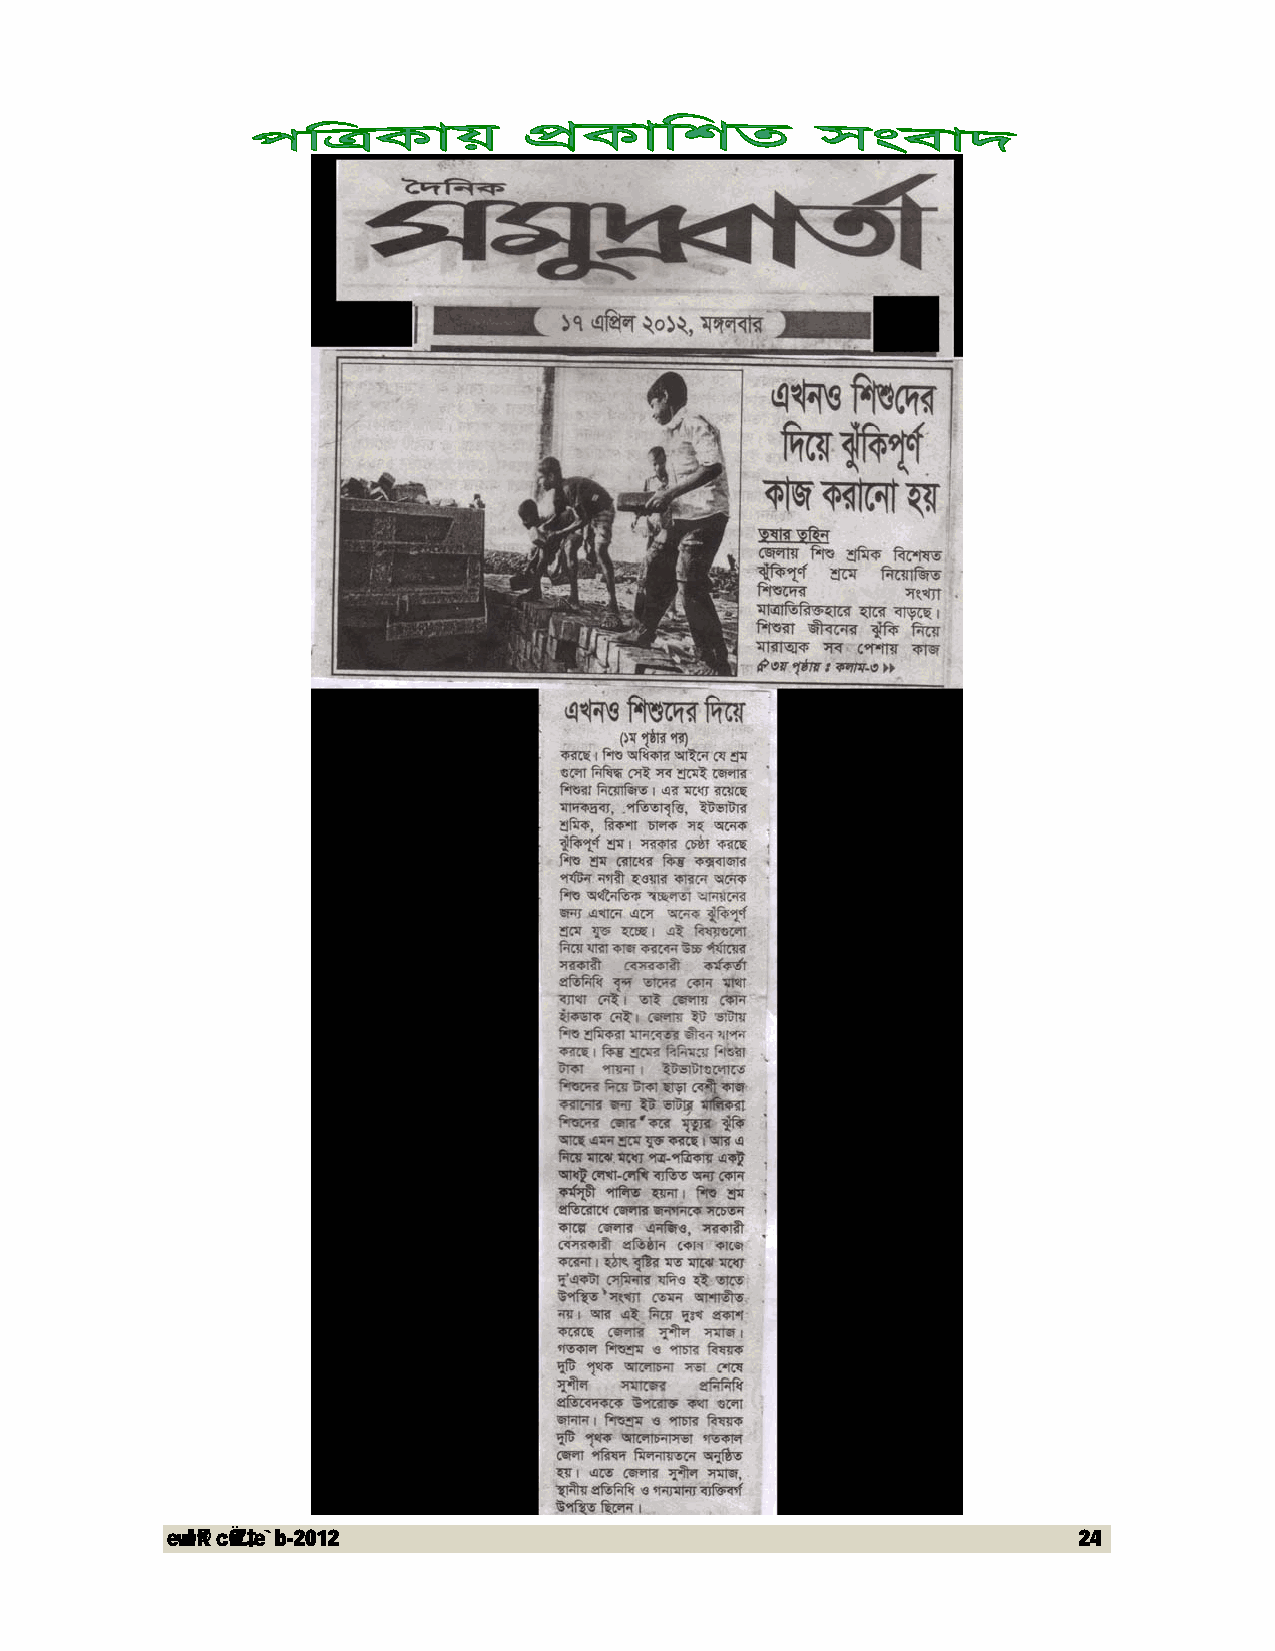
evwl©K cÖwZ‡e`b-2012                                        24